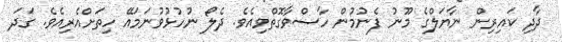
ދާދި ކައިރިން ނާޔަލްގެ މޫނު ފެނުމުން ހާސްވާގޮތްވިއެވެ. ދެލޯ ނުހުޅުވުނަމައޭ ހިތަށްއެރިއެވެ. ގަދަ